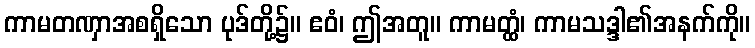
ကာမတဏှာအစရှိသော ပုဒ်တို့၌။ ဧဝံ၊ ဤအတူ။ ကာမတ္ထံ၊ ကာမသဒ္ဒါ၏အနက်ကို။